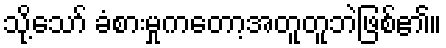
သို့သော် ခံစားမှုကတော့အတူတူဘဲဖြစ်၏။